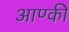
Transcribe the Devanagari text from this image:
आण्की